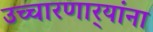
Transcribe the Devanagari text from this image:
उच्चारणार्‍यांना